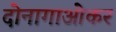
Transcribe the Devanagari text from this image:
दोनागाओकर